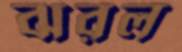
ঝরল